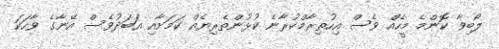
ލޯބިވާ ކޮންމެ މީހެއް ވެސް އިހުތިރާމްކުރާނެ ކުޅުންތެރިޔެއް ކަމަށާއި އަބަދުވެސް އޭނާގެ ވާހަކަ